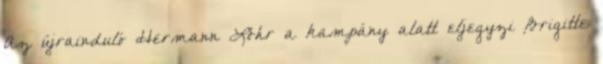
Az újrainduló Hermann Löhr a kampány alatt eljegyzi Brigitte